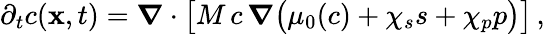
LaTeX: \partial_{t}c({\mathbf x},t)=\boldsymbol\nabla\cdot\big[M\, c\, \boldsymbol\nabla\big(\mu_{0}(c)+\chi_{s}s+\chi_{p}p\big)\big]\, ,